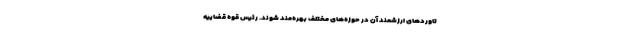
تاوردهای ارزشمند آن در حوزه‌های مختلف بهره‌مند شوند. رئیس قوه قضاییه